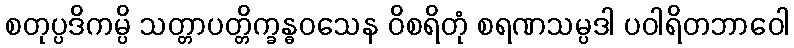
စတုပ္ပဒိကမ္ပိ သတ္တာပတ္တိက္ခန္ဓဝသေန ဝိစရိတုံ စရဏသမ္ပဒါ ပဝါရိတဘာဝေါ